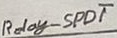
Text: Relay-SPDT